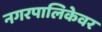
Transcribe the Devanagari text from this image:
नगरपालिकेवर